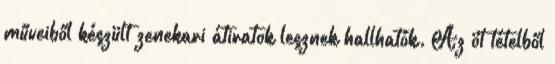
műveiből készült zenekari átiratok lesznek hallhatók. Az öt tételből